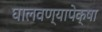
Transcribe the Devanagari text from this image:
घालवण्यापेक्षा